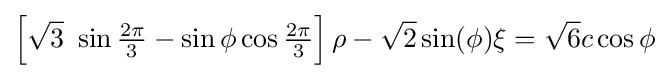
\left[{\sqrt {3}}~\sin {\tfrac {2\pi }{3}}-\sin \phi \cos {\tfrac {2\pi }{3}}\right]\rho -{\sqrt {2}}\sin(\phi )\xi ={\sqrt {6}}c\cos \phi